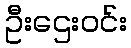
ဦးဌေးဝင်း